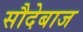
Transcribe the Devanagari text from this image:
सौदेबाज